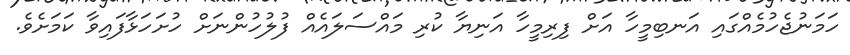
ހަމަނުޖެހުމެއްގައި އަނބިމީހާ އަށް ފިރިމީހާ އަނިޔާ ކުރި މައްސަލައެއް ފުލުހުންނަށް ހުށަހަޅާފައިވާ ކަމަށެވެ.